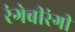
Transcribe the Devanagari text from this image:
रंगेबीरंगी